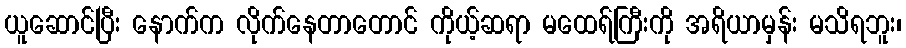
ယူဆောင်ပြီး နောက်က လိုက်နေတာတောင် ကိုယ့်ဆရာ မထေရ်ကြီးကို အရိယာမှန်း မသိရဘူး၊